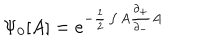
\Psi _ { 0 } [ A ] = e ^ { - \frac { 1 } { 2 } \int A \frac { \partial _ { + } } { \partial _ { - } } A }